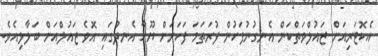
އެކޮޓަރިއަށް ޒައުލްވަތްކަން އެނގުނުފަހުން ފުރަތަމަ ފަހަރަށް ޔޫހާ އެނދުގައި އޮވެ ޒައުލްއަށް ބަލާލިއެވެ.